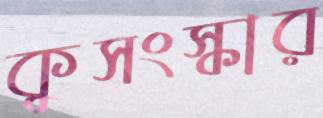
কুসংস্কার